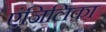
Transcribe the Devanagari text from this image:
एंजिलिका